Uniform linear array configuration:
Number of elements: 16
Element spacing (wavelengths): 1
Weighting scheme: uniform
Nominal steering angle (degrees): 60
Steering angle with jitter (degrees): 60.5
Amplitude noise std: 0.05
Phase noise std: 0.05

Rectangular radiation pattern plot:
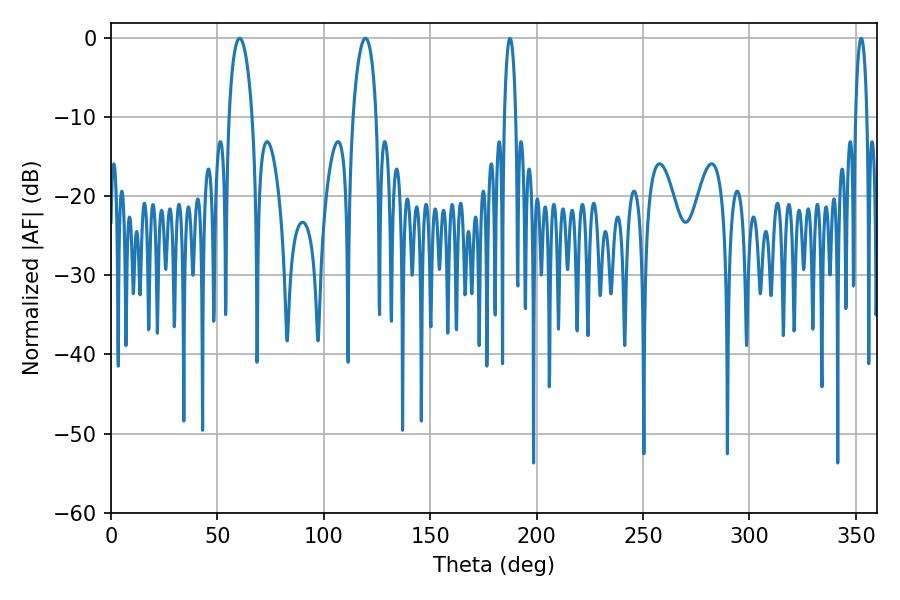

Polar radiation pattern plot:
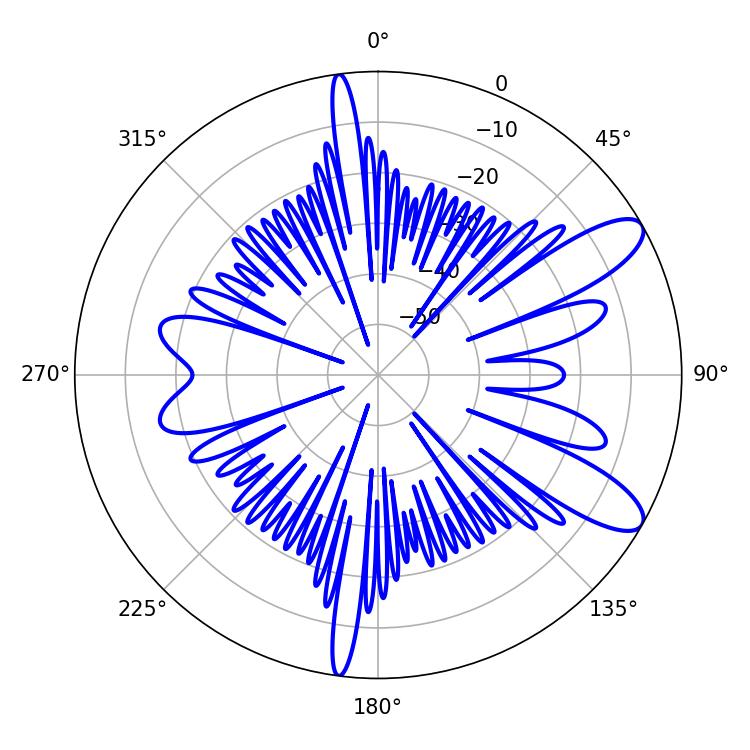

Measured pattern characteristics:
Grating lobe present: TRUE
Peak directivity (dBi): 10.267
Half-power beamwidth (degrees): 6.3
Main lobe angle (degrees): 60.48